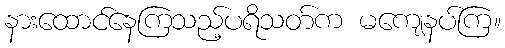
နားထောင်နေကြသည့်ပရိသတ်က မကျေနပ်ကြ။